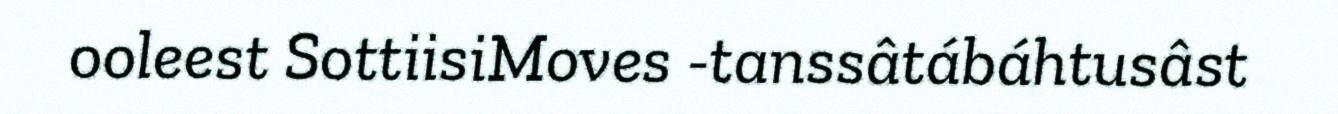
ooleest SottiisiMoves -tanssâtábáhtusâst